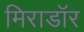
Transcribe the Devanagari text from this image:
मिराडॉर